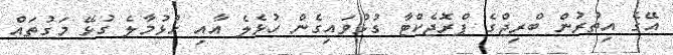
އޭގެ އިތުރުން ބްރިޖްގެ ޕްރޮޖެކްޓާ ގުޅުވައިގެން ހުޅެލެ އާއި ހުޅުމާލެ ގުޅޭ މަގުތައް